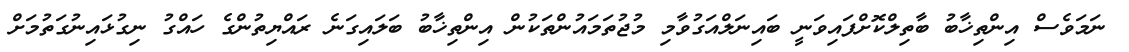
ނަމަވެސް އިންތިޚާބު ބާތިލްކޮށްފައިވަނީ ބައިނަލްއަގުވާމި މުޖުތަމައުންތަކުން އިންތިޚާބު ބަލައިގަނެ ރައްޔިތުންގެ ހައްގު ނިގުޅައިނުގަތުމަށް